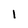
Character: 1